Burma Government Medical School reports 1923-41
Year: 1923
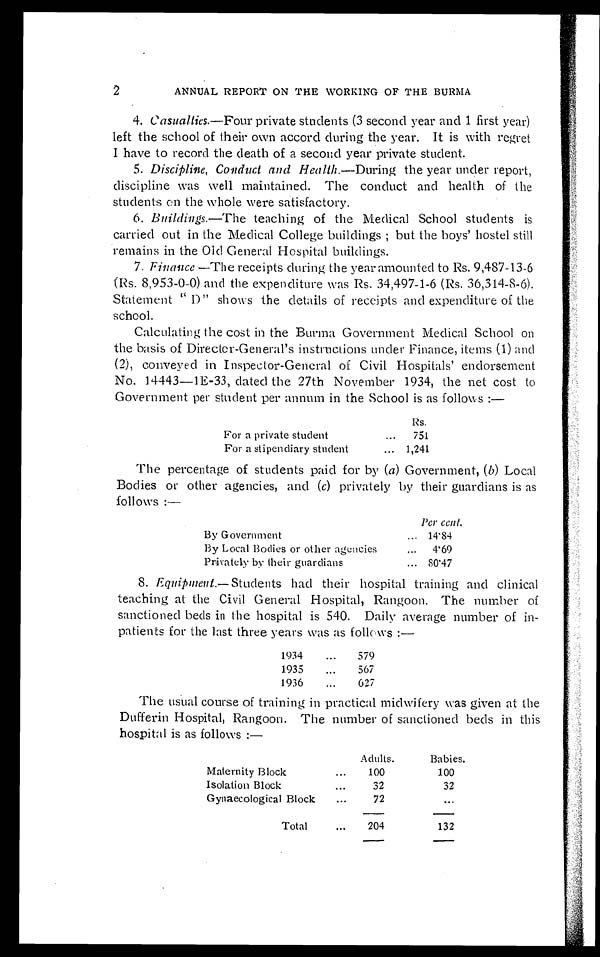
2
ANNUAL REPORT ON THE WORKING OF THE BURMA
4. Casualties.—Four private students (3 second year and 1 first year)
left the school of their own accord during the year. It is with regret
I have to record the death of a second year private student.
5. Discipline, Conduct and Health .—During the year under report,
discipline was well maintained. The conduct and health of the
students on the whole were satisfactory.
6. Buildings .—The teaching of the Medical School students is
carried out in the Medical College buildings ; but the boys' hostel still
remains in the Old General Hospital buildings.
7. Finance.—The receipts during the year amounted to Rs. 9,487-13-6
(Rs. 8,953-0-0) and the expenditure was Rs. 34,497-1-6 (Rs. 36,314-8-6).
Statement "D" shows the details of receipts and expenditure of the
school.
Calculating the cost in the Burma Government Medical School on
the basis of Director-General's instructions under Finance, items (1) and
(2), conveyed in Inspector-General of Civil Hospitals' endorsement
No. 14443—1E-33, dated the 27th November 1934, the net cost to
Government per student per annum in the School is as follows :—
Rs.
For a private student . . .
751
For a stipendiary student . . .
1,241
The percentage of students paid for by ( a) Government, ( b) Local
Bodies or other agencies, and ( c) privately by their guardians is as
follows :—
Per cent.
By Government . . .
14.84
By Local Bodies or other agencies . . .
4.69
Privately by their guardians . . .
80.47
8. Equipment .— Students had their hospital training and clinical
teaching at the Civil General Hospital, Rangoon. The number of
sanctioned beds in the hospital is 540. Daily average number of in
- p a t i e n t s f o r t h e l a s t t h r e e y e a r s w a s a s f o l l o w s : —
1934 . . .
579
1935 . . .
567
1936 . . .
627
The usual course of training in practical midwifery was given at the
Dufferin Hospital, Rangoon. The number of sanctioned beds in this
hospital is as follows :—
Adults.
Babies.
Maternity Block . . .
100
100
Isolation Block . . .
32
32
Gynaecological Block . . .
72
. . .
Total . . .
204
132